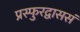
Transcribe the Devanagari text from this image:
प्रस्फुरद्वाससं